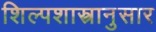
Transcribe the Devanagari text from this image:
शिल्पशास्त्रानुसार